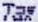
TAX